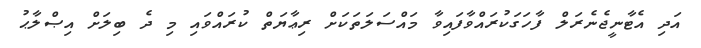
އަދި އެޓާނީޖެނެރަލް ފާހަގަކުރައްވާފައިވާ މައްސަލަތަކަށް ރިޢާޔަތް ކުރައްވައި މި ދެ ބިލަށް އިޞްލާޙު